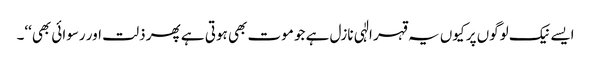
ایسے نیک لوگوں پر کیوں یہ قہر الٰہی نازل ہے جو موت بھی ہوتی ہے پھر ذلت اور رسوائی بھی‘‘۔